Annual report of the Punjab Veterinary College and of the Civil Veterinary Department, Punjab - 1894-1908
Year: 1894
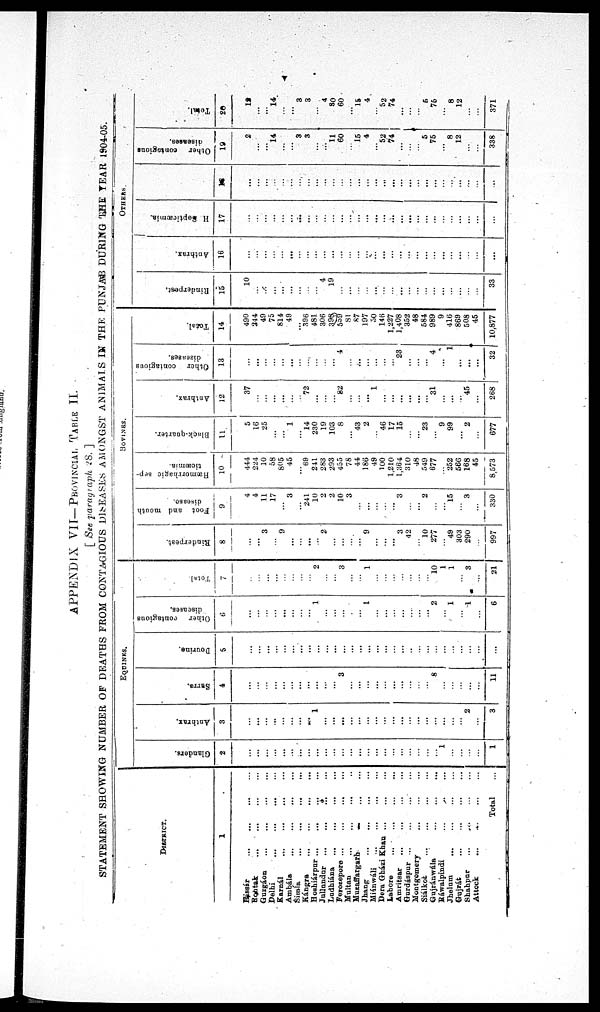
APPENDIX VII—PROVINCIAL TABLE II.
[ See paragraph 28. ]
STATEMENT SHOWING NUMBER OF DEATHS FROM CONTAGIOUS DISEASES AMONGST ANIMALS IN THE PUNJAB DURING THE YEAR 1904-05.
DISTRICT.
1
Hissár ... ... ... ...
Rohtak ... ... ... ...
Gurgáon ... ... ... ...
Delhi ... ... ... ...
Karnál ... ... ... ...
Ambála ... ... ... ...
Simla ... ... ... ...
Kángra ... ... ... ...
Hoshiárpur ... ... ... ...
Jullundur ... ... ... ...
Ludhiána ... ... ... ...
Ferozepore ... ... ... ...
Multan ... ... ... ...
Muzaffargarh ... ... ... ...
Jhang ... ... ... ...
Miánwáli ... ... ... ...
Dera Gházi Khan ... ... ... ...
Lahore ... ... ... ...
Amritsar ... ... ... ...
Gurdáspur ... ... ... ...
Montgomery ... ... ... ...
Siálkot ... ... ... ...
Gujránwála ... ... ... ...
Ráwalpindi ... ... ... ...
Jhelum ... ... ... ...
Gujrát ... ... ... ...
Shahpur ... ... ... ...
Attock ... ... ... ...
Total ...
EQUINES.
Glanders.
2
...
...
...
...
...
...
...
...
...
...
...
...
....
...
...
...
...
...
...
...
...
...
...
1
...
...
...
...
1
Anthrax.
3
...
...
...
...
...
...
...
...
1
...
...
...
...
...
...
...
...
...
...
...
...
...
...
...
...
...
2
...
3
Surra.
4
...
...
...
...
...
...
...
...
...
...
...
3
...
...
...
...
...
...
...
...
...
...
8
...
...
...
...
...
11
Dourine.
5
...
...
...
...
...
...
...
...
...
...
...
...
...
...
...
...
...
...
...
...
...
...
...
...
...
...
...
...
...
Other
contagious
diseases.
6
...
...
...
...
...
...
...
...
1
...
...
...
...
...
1
...
...
...
...
...
...
...
2
...
1
...
1
...
6
Total
7
...
...
...
...
...
...
...
...
2
...
...
3
...
...
1
...
...
...
...
...
...
...
10
1
1
...
3
...
21
BOVINES.
Rinderpest.
8
...
...
3
...
9
...
...
...
...
2
...
...
...
...
9
...
...
...
3
42
...
10
277
...
49
303
290
...
997
Foot and month
disease.
9
4
4
11
17
...
3
...
241
10
2
2
10
3
...
...
...
...
...
3
...
...
2
...
...
15
...
3
...
330
Hæmorrhagic sep-
ticæmia.
10
444
224
10
58
805
45
...
69
241
283
293
455
78
44
186
49
100
1,210
1,364
310
48
549
677
...
252
566
168
45
8,573
Black-quarter.
11
5
16
25
...
...
1
...
14
230
19
103
8
...
43
2
...
46
17
15
...
...
23
...
9
99
...
2
...
677
Anthrax.
12
37
...
...
...
...
...
...
72
...
...
...
82
...
...
...
1
...
...
...
...
...
...
31
...
...
...
45
...
268
Other contagious
diseases.
13
...
...
...
...
...
...
...
...
...
...
...
4
...
...
...
...
...
...
23
...
...
...
4
...
1
...
...
...
32
Total.
14
490
244
49
75
814
49
...
396
481
306
398
559
81
87
197
50
146
1,227
1,408
352
48
584
989
9
416
869
508
45
10,877
OTHERS.
Rinderpest,
15
10
...
...
...
...
...
...
...
...
4
19
...
...
...
...
...
...
...
...
...
...
...
...
...
...
...
...
33
Anthrax.
16
...
...
...
...
...
...
...
...
...
...
...
...
...
...
...
...
...
...
...
...
...
...
...
...
...
...
...
...
...
H Septicæmia.
17
...
...
...
...
...
...
...
...
...
...
...
...
...
...
...
...
...
...
...
...
...
...
...
...
...
...
...
...
18
...
...
...
...
...
...
...
...
...
...
...
...
...
...
...
...
...
...
...
...
...
...
...
...
...
...
...
...
...
Other contagious
diseases.
19
2
...
...
14
...
...
3
3
...
...
11
60
...
15
4
...
52
74
...
...
...
5
75
...
8
12
...
...
338
20
12
...
...
14
...
...
3
3
...
4
80
60
...
15
4
...
52
74
...
...
...
5
75
...
8
12
...
...
371